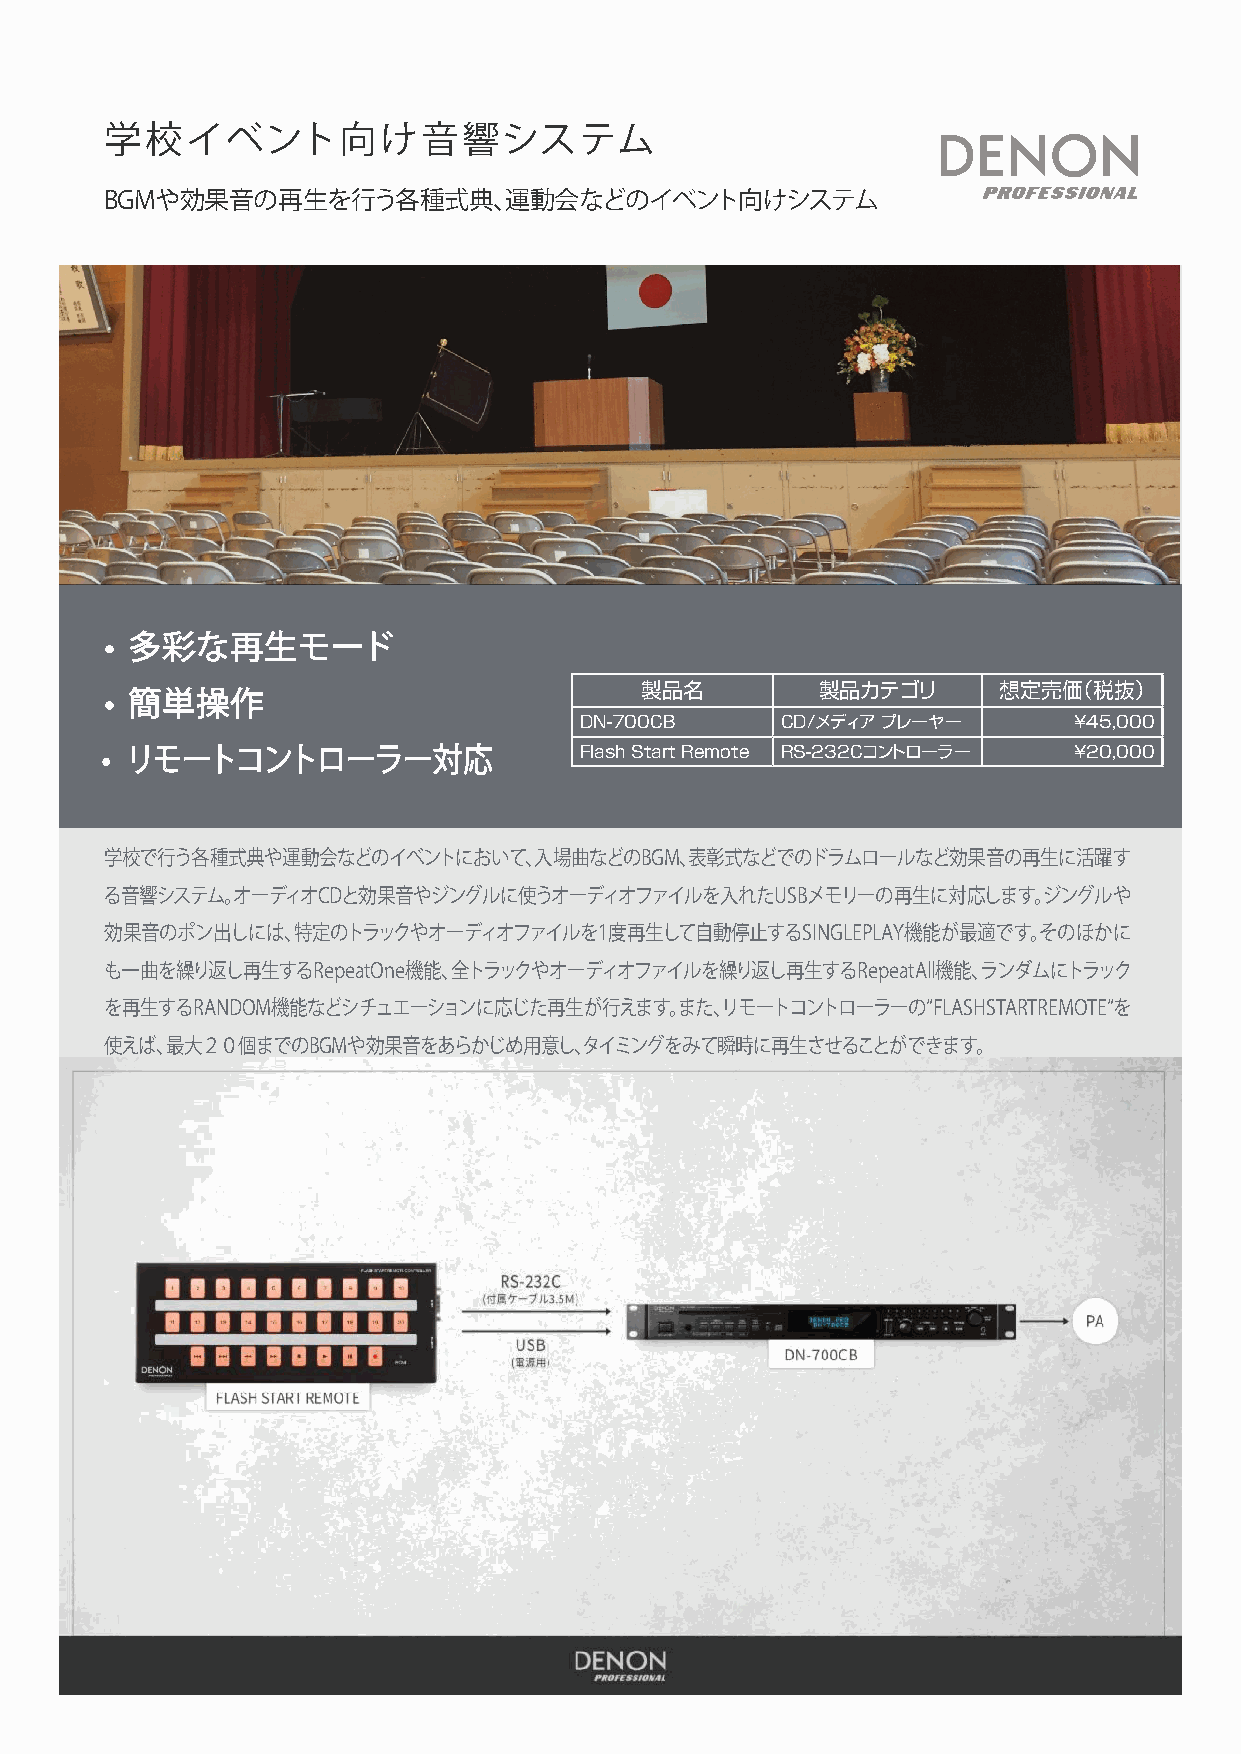
学校イベント向け音響システム
 BGMや効果音の再生を行う各種式典、運動会などのイベント向けシステム
 •• 多多彩彩なな再再生生モモーードド
 製品名         製品カテゴリ      想定売価（税抜）
 •• 簡簡単単操操作作
 DN-700CB      CD/メディア プレーヤー      ¥45,000
 •• リリモモーートトココンントトロローーララーー対対応応  Flash Start Remote RS-232Cコントローラー ¥20,000
 学校で行う各種式典や運動会などのイベントにおいて、入場曲などのBGM、表彰式などでのドラムロールなど効果音の再生に活躍す
 る音響システム。オーディオCDと効果音やジングルに使うオーディオファイルを入れたUSBメモリーの再生に対応します。ジングルや
 効果音のポン出しには、特定のトラックやオーディオファイルを1度再生して自動停止するSINGLEPLAY機能が最適です。そのほかに
 も一曲を繰り返し再生するRepeatOne機能、全トラックやオーディオファイルを繰り返し再生するRepeatAll機能、ランダムにトラック
 を再生するRANDOM機能などシチュエーションに応じた再生が行えます。また、リモートコントローラーの“FLASHSTARTREMOTE“を
 使えば、最大２０個までのBGMや効果音をあらかじめ用意し、タイミングをみて瞬時に再生させることができます。